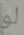
لو